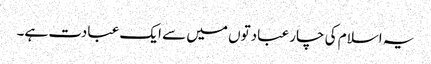
یہ اسلام کی چار عبادتوں میں سے ایک عبادت ہے۔